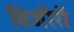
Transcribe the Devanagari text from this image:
विजीरों